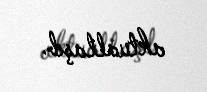
aktuallaşıb.